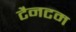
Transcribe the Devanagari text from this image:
टैनटम